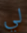
لي